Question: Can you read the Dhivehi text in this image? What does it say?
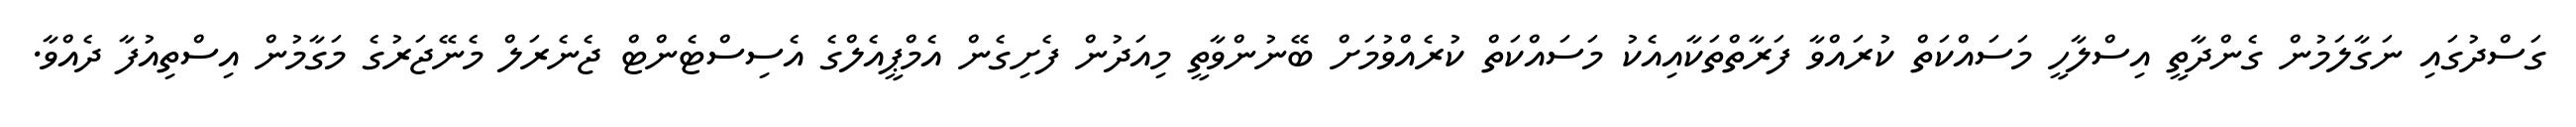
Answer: ގަސްދުގައި ނަގާލަމުން ގެންދާތީ އިސްލާހީ މަސައްކަތް ކުރައްވާ ފަރާތްތަކާއިއެކު މަސައްކަތް ކުރެއްވުމަށް ބޭނުންވާތީ މިއަދުން ފެށިގެން އެމްޕީއެލްގެ އެސިސްޓެންޓް ޖެނެރަލް މެނޭޖަރުގެ މަގާމުން އިސްތިއުފާ ދެއްވާ.